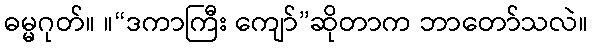
ဓမ္မဂုတ်။ ။“ဒကာကြီး ကျော်”ဆိုတာက ဘာတော်သလဲ။